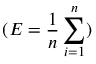
( E = \frac { 1 } { n } \sum _ { i = 1 } ^ { n } )